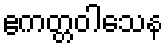
ဧကတ္တဝါသေန